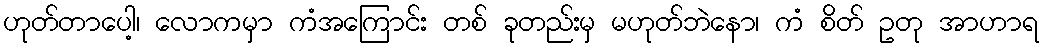
ဟုတ်တာပေါ့၊ လောကမှာ ကံအကြောင်း တစ် ခုတည်းမှ မဟုတ်ဘဲနော၊ ကံ စိတ် ဥတု အာဟာရ